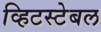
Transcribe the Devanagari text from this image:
व्हिटस्टेबल